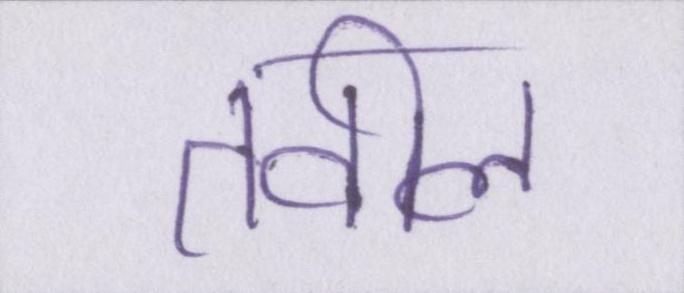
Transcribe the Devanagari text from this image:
तवील